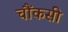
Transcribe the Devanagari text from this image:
चौंकसी